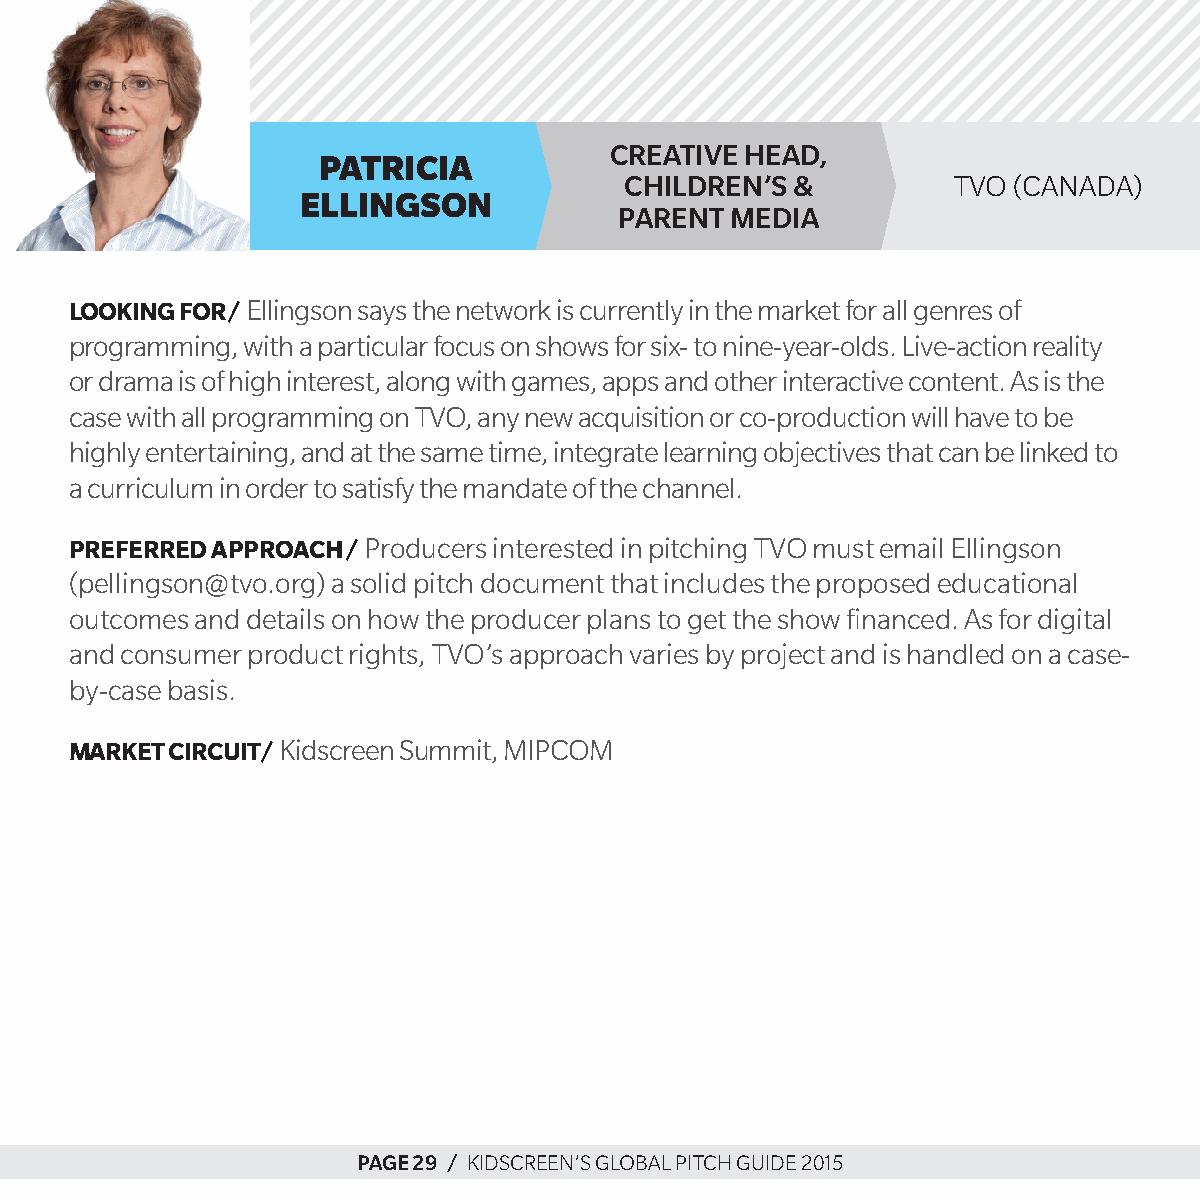
CreaTive Head,
 Patricia
 CHildren’s &          tVo (canada)
 ellingson
 parenT media
 Looking for/ ellingson says the network is currently in the market for all genres of
 programming, with a particular focus on shows for six- to nine-year-olds. live-action reality
 or drama is of high interest, along with games, apps and other interactive content. as is the
 case with all programming on tVo, any new acquisition or co-production will have to be
 highly entertaining, and at the same time, integrate learning objectives that can be linked to
 a curriculum in order to satisfy the mandate of the channel.
 Preferred aPProach/ producers interested in pitching tVo must email ellingson
 (pellingson@tvo.org) a solid pitch document that includes the proposed educational
 outcomes and details on how the producer plans to get the show financed. as for digital
 and consumer product rights, tVo’s approach varies by project and is handled on a case-
 by-case basis.
 Market circuit/ kidscreen summit, MipcoM
 page 29 / kidscreen’s global pitch guide 2015